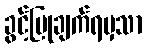
ခွင့်ပြုချက်ရမှသာ